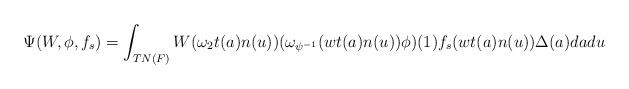
\begin{align*}\Psi(W,\phi,f_s)=\int_{TN(F)}W(\omega_2t(a)n(u))(\omega_{\psi^{-1}}(wt(a)n(u))\phi)(1)f_s(wt(a)n(u))\Delta(a)dadu\end{align*}